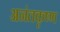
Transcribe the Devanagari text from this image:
अनंतकृष्ण